Civil Veterinary Dept. Assam report 1927-50 - 1927-1950
Year: 1927
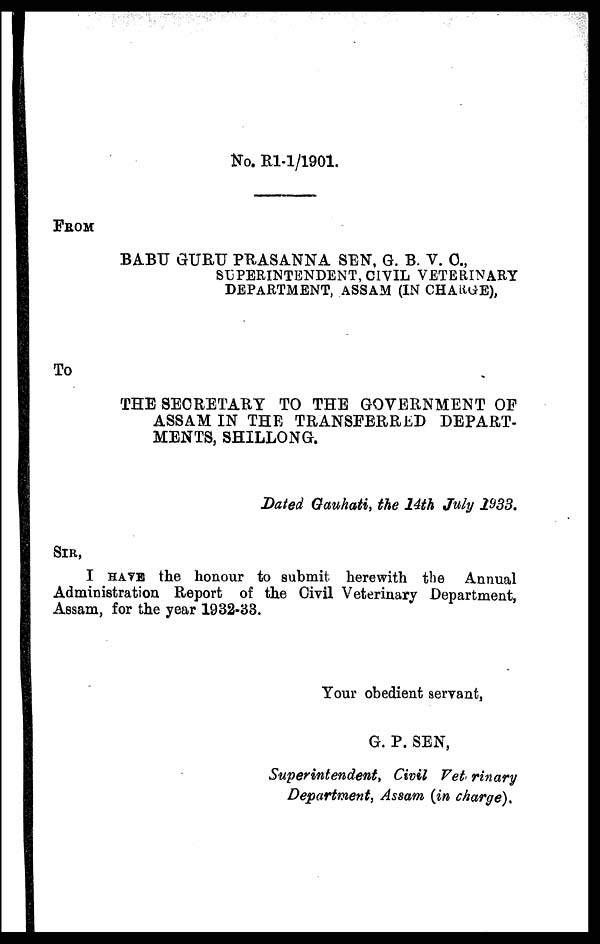
No. R1-1/1901.
FROM
BABU GURU PRASANNA SEN, G. B. V. C.,
SUPERINTENDENT, CIVIL VETERINARY
DEPARTMENT, ASSAM (IN CHANGE),
To
THE SECRETARY TO THE GOVERNMENT OF
ASSAM IN THE TRANSFERRED DEPART-
MENTS, SHILLONG.
Dated Gauhati, the 14th July 1933.
SIR,
I HAVE the honour to submit herewith the Annual
Administration Report of the Civil Veterinary Department,
Assam, for the year 1932-33.
Your obedient servant,
G. P. SEN,
Superintendent, Civil Vetrinary
Department, Assam (in charge).